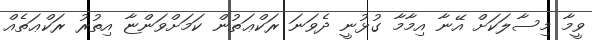
ވީމާ މިސާލަކަށް އޭނާ އިމާމާ ގުޅުނީ ދެވަނަ ރަކްޢަތުން ކަމަށްވަންޏާ އިތުރު ރަކްޢަތެއް